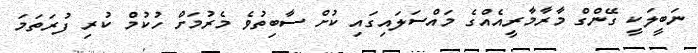
ނަބީލަކީ ގޭންގް މާރާމާރީއެއްގެ މައްސަލައިގައި ކުށް ސާބިތުވެ މެރުމަށް ހުކުމް ކުރި ފުރަތަމަ